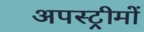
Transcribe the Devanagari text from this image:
अपस्ट्रीमों